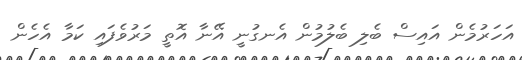
އަހަރުމެން އައިސް ބެލި ބެލުމުން އެނގުނީ އޭނާ އޮތީ މަރުވެފައި ކަމާ އެހެން